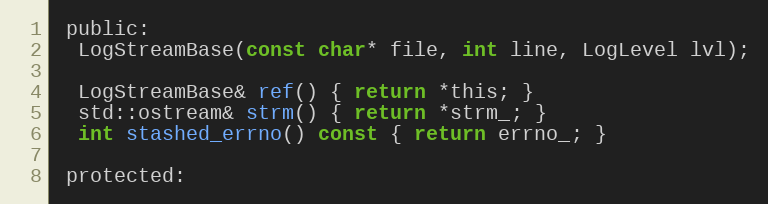
Language: C
 public:
  LogStreamBase(const char* file, int line, LogLevel lvl);

  LogStreamBase& ref() { return *this; }
  std::ostream& strm() { return *strm_; }
  int stashed_errno() const { return errno_; }

 protected: